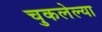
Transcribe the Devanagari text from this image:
चुकलेल्या